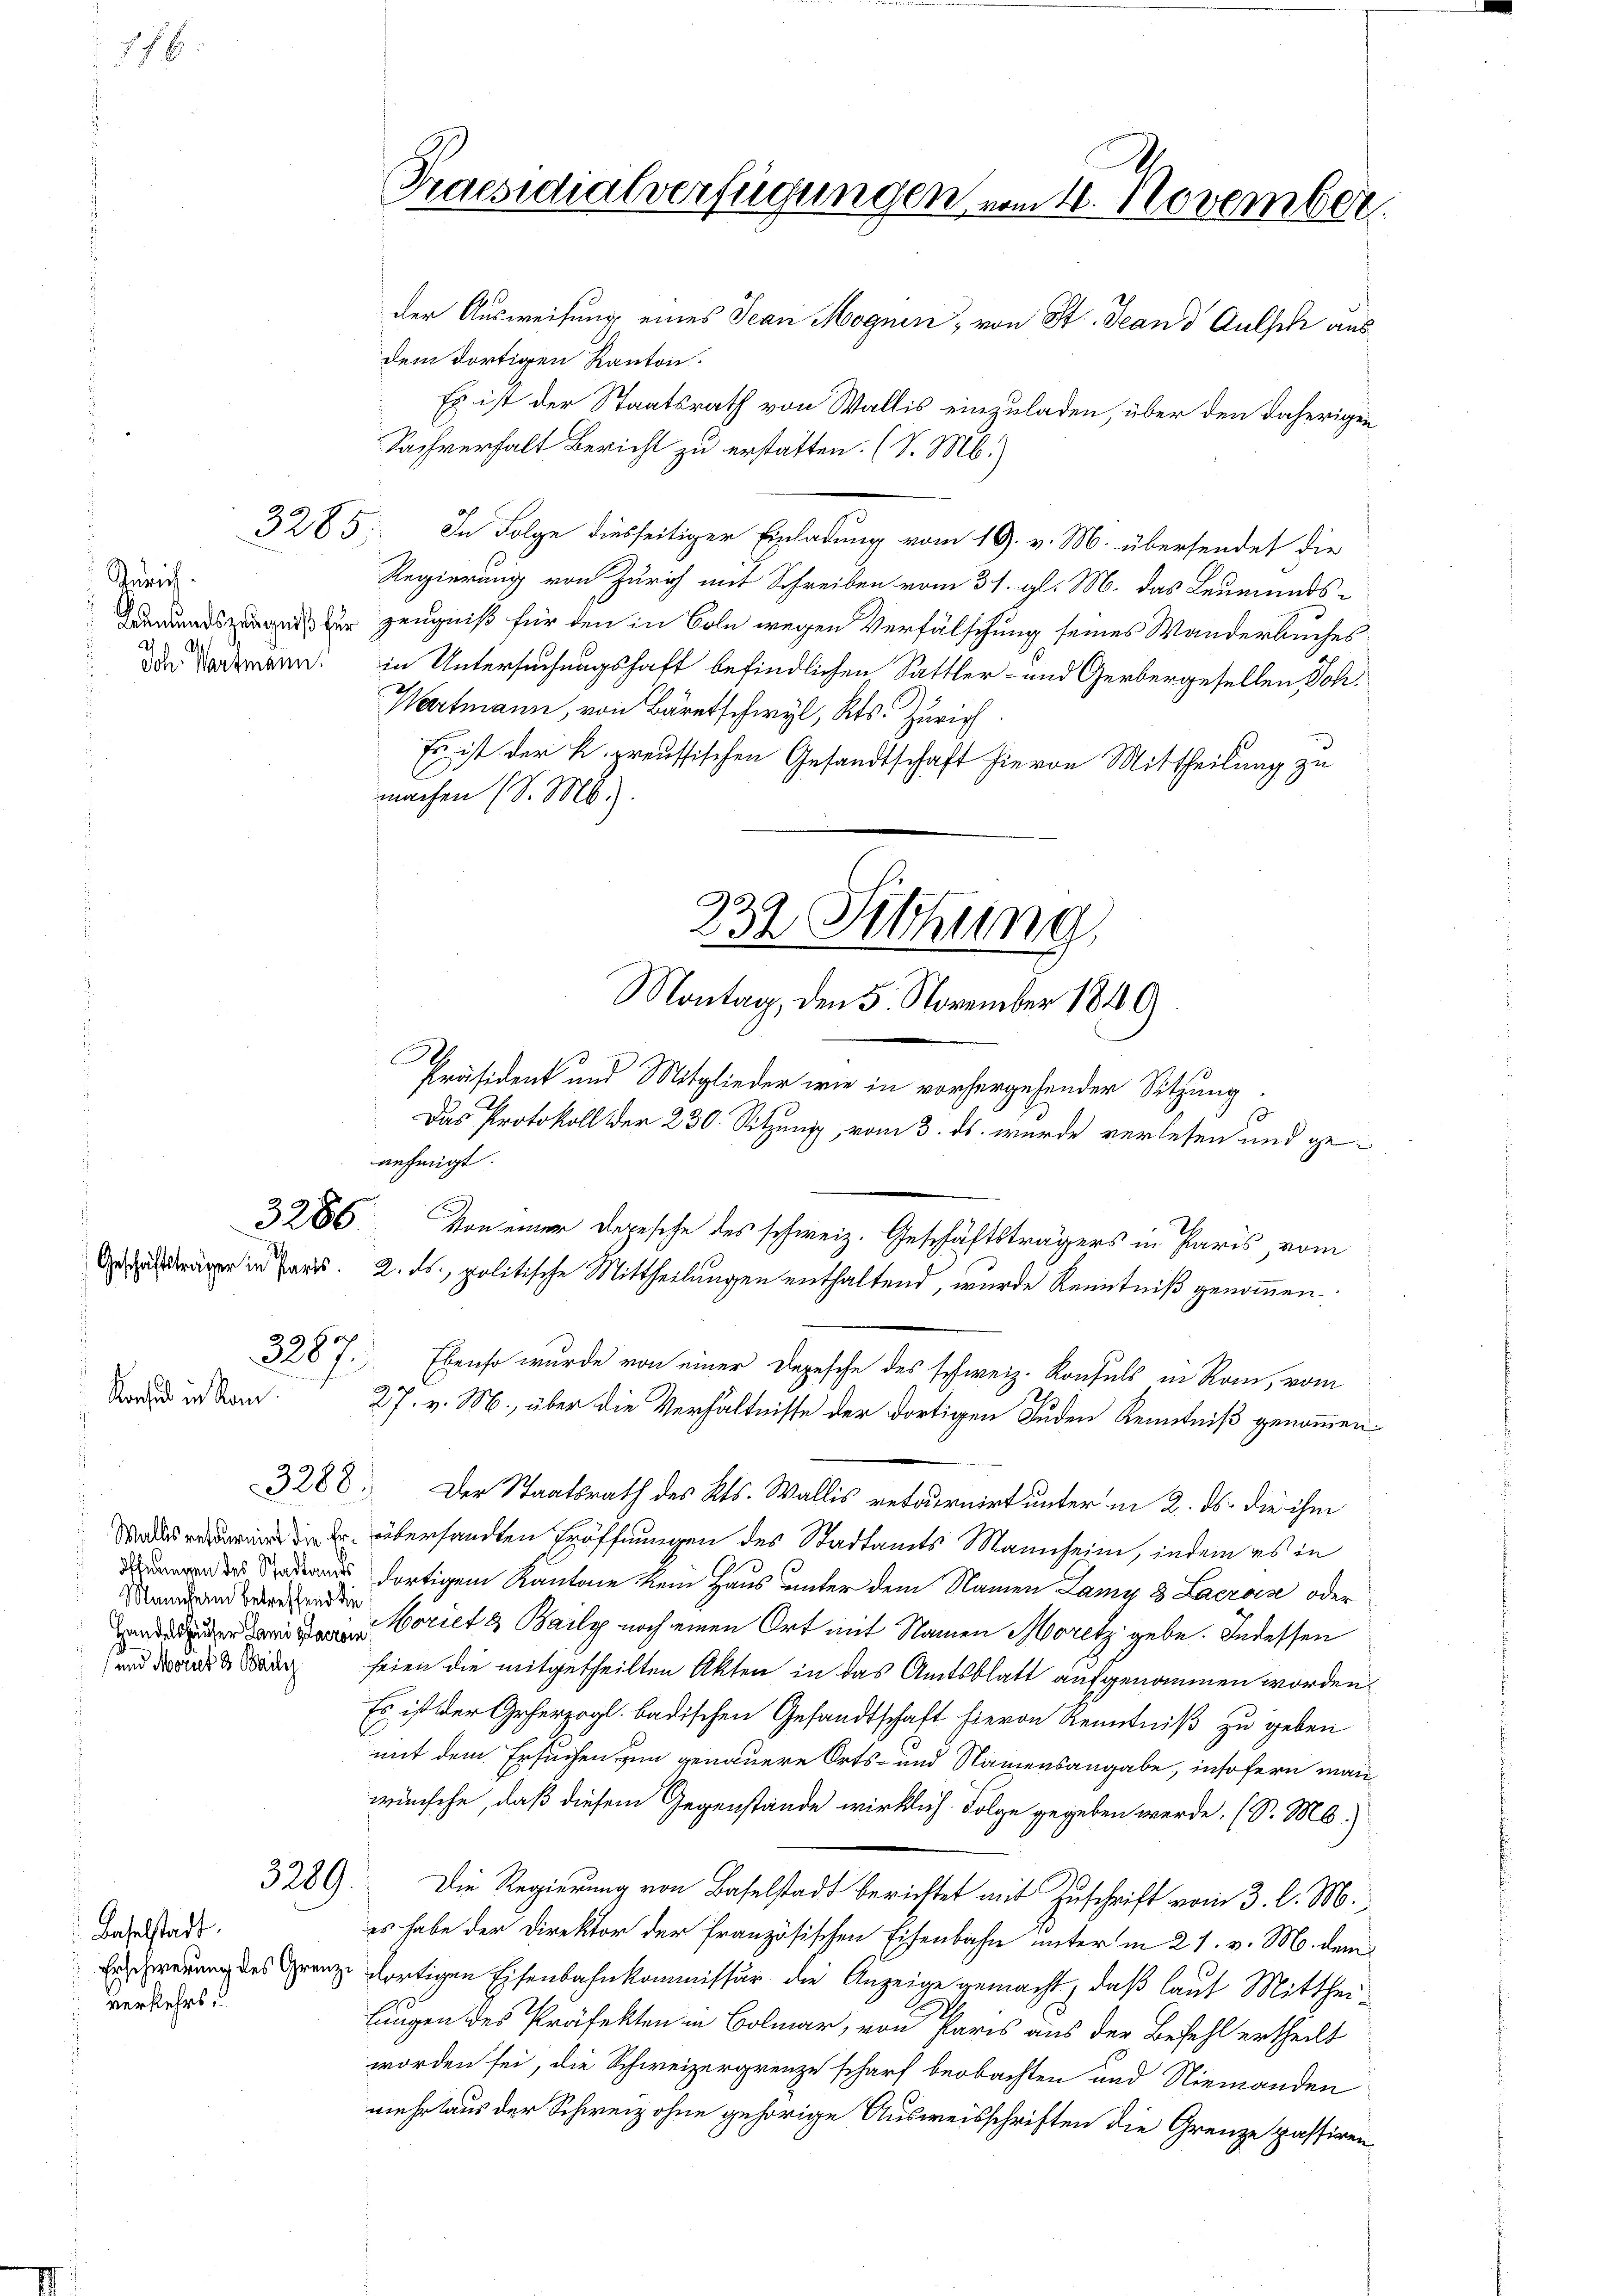
78

Juris
Ah
Ich. Wartmann.

Konsul in San.

35 sch
328 f.

3288.

Mannern betreffend die
und Morie 3 Baily

3289.

Baselstadt.
Erschwerung des Grenverkehrs.

Praesidialverfügungen vom 1. November.
der Ausweisung eines Jean Mognen, von St. Jeand Gutsch aus
dem dortigen Kanton.

Es ist der Staatsrath von Wallis einzuladen, über den daherigen
Sachverhalt Bericht zu erstatten. (S. M.)
3285: In Folge diesseitiger Einladung vom 19. v. M. übersendet die
Regierung von Zürich mit Schreiben vom 31. gl. M. das Leumunds¬
Wandszeugnis zur Zeugniß für den in Coln wegen Verfälschung seines Wanderbuches
in Untersuchungshaft befindlichen Sattler- und Gerbergesellen Joh¬
Wartmann, von Bäretschwyl, Kts. Zürich.
Es ist der k. preussischen Gesandtschaft hievon Mittheilung zu
machen (S. M.).
A.
Das Protokoll der 230. Sitzung vom 3. ds. wurde verlesen und geanfügt.
3286. Von einer Depesche des schweiz. Geschäftsträgers in Paris, vom
ra in Paris. 2. ds., politische Mittheilungen enthaltend, wurde Kenntniß genommen.
Ebenso wurde von einer Depesche des schweiz. Konsuls in Rom, vom
27. v. M., über die Verhältnisse der dortigen Juden Kenntniß genommen:
Der Staatsrath des Kts. Wallis retournirt unter in 2. ds. die ihm
 übersandten Eröffnungen des Stadtamts Mannheim, indem es in
 dortigem Kantone kein Haus unter dem Namen Lany 3 Lacrois oder
Woriet & Baily noch einen Ort mit Namen Moritz gebe. Indessen
seien die mitgetheilten Akten in das Amtsblatt aufgenommen worden.
Es ist der Geherzogl. badischen Gesandtschaft hievon Kenntniß zu geben
mit dem Ersuchen um genauere Orts- und Namensangabe, insofern man
wünsche, daß diesem Gegenstände wirklich. Folge gegeben werde. (S. M.)
Die Regierung von Baselstadt berichtet mit Zuschrift vom 3. l. M.
es habe der Direktor der Französischen Eisenbahn unter in 21. v. M. dem
 dortigen Eisenbahnkommissär die Anzeige gemacht, daß laut Mittheilungen des Präfekten in Bolmar, von Paris aus der Befehl ertheilt
worden sei, die Schweizergrenze scharf beobachten und Niemanden
mehr laus der Schweiz ohne gehörige Ausweisschriften die Grenze passiren

232 Sitzung
Montag, den 5. November 1840
Präsident und Mitglieder wie in vorhergehender Sitzung.